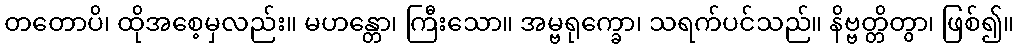
တတောပိ၊ ထိုအစေ့မှလည်း။ မဟန္တော၊ ကြီးသော။ အမ္ဗရုက္ခော၊ သရက်ပင်သည်။ နိဗ္ဗတ္တိတွာ၊ ဖြစ်၍။